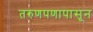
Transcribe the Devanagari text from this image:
तरुणपणापासून